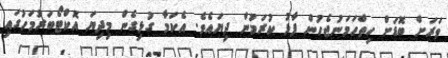
ވަރަށް ބޮޑަށް ހިތްހަމަނުޖެހުން ފާޅު ކުރަމުން ދިޔައެވެ. އެކަމާ ގުޅިގެން މިދިޔަ އޮކްޓޯބަރުމަހުގައި